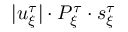
| u _ { \xi } ^ { \tau } | \cdot P _ { \xi } ^ { \tau } \cdot s _ { \xi } ^ { \tau }